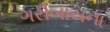
ગરીબાયના